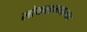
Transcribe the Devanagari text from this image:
लोकलमधल्या